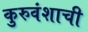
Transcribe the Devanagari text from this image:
कुरुवंशाची